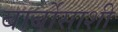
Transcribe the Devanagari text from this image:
बार्बोसाशी